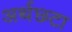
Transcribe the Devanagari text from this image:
अर्थछ्टा